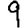
Digit: 9